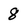
Character: 8